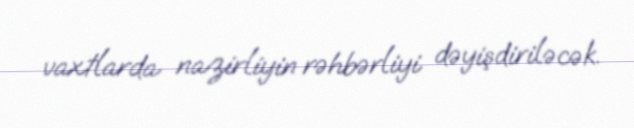
vaxtlarda nazirliyin rəhbərliyi dəyişdiriləcək.